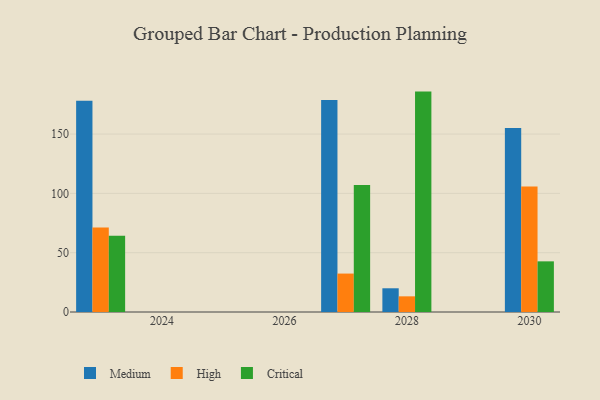
{"axis": {"x": "Year", "y": "Headcount"}, "legend": ["Critical", "High", "Medium"], "data": [{"x": "2028", "y": 20.0, "type": "Medium"}, {"x": "2028", "y": 13.2, "type": "High"}, {"x": "2028", "y": 185.8, "type": "Critical"}, {"x": "2030", "y": 155.1, "type": "Medium"}, {"x": "2030", "y": 105.9, "type": "High"}, {"x": "2030", "y": 42.7, "type": "Critical"}, {"x": "2027", "y": 178.8, "type": "Medium"}, {"x": "2027", "y": 32.4, "type": "High"}, {"x": "2027", "y": 107.1, "type": "Critical"}, {"x": "2023", "y": 178.1, "type": "Medium"}, {"x": "2023", "y": 71.3, "type": "High"}, {"x": "2023", "y": 64.2, "type": "Critical"}]}